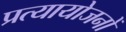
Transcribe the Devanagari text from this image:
प्रत्यायोजनों